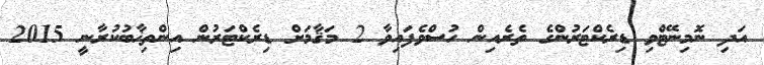
އަދި ނޮމިނޭޓްވި ޑިރެކްޓަރުުންގެ ތެރެއިން ހުސްވެފައިވާ 2 މަޤާމަށް ޑިރެކްޓަރުުން އިންތިޚާބުކުރާނީ 2015